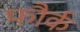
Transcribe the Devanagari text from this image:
फौर्क